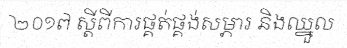
២០១៧ ស្តីពីការផ្គត់ផ្គង់សម្ភារ និងឈ្នួល